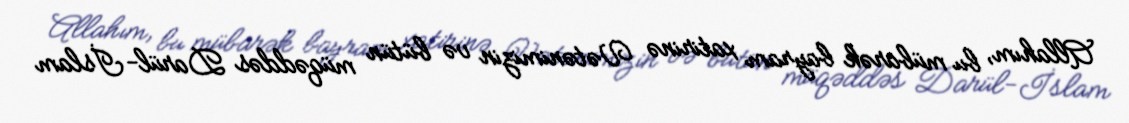
Allahım, bu mübarək bayram xatirinə Vətənimizin və bütün müqəddəs Darül-İslam